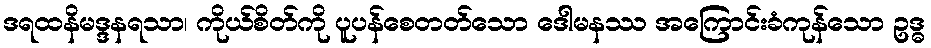
ဒရထနိမဒ္ဒနရသာ၊ ကိုယ်စိတ်ကို ပူပန်စေတတ်သော ဒေါမနဿ အကြောင်းခံကုန်သော ဥဒ္ဓ